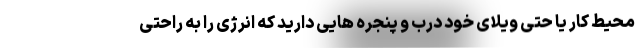
محیط کار یا حتی ویلای خود درب و پنجره هایی دارید که انرژی را به راحتی